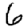
Digit: 6